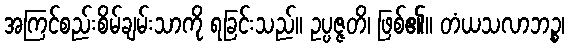
အကြင်စည်းစိမ်ချမ်းသာကို ရခြင်းသည်။ ဥပ္ပဇ္ဇတိ၊ ဖြစ်၏။ တံယသလာဘဉ္စ၊